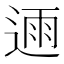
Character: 𮞛